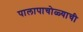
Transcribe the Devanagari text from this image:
पालापाचोळ्याची